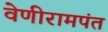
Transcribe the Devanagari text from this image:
वेणीरामपंत